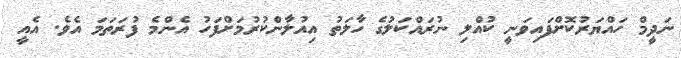
ނަދީމް ހައްޔަރުކޮށްފައިވަނީ ކުއްލި ނުރައްކަލުގެ ހާލަތު އިއުލާންކުރުމަށްފަހު އެންމެ ފުރަތަމަ އެވެ. އެއީ